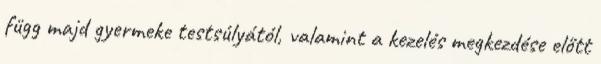
függ majd gyermeke testsúlyától, valamint a kezelés megkezdése előtt